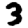
Digit: 3